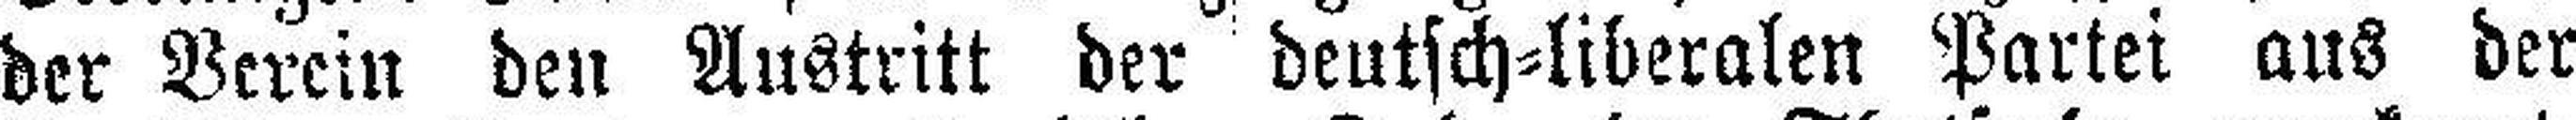
der Verein den Austritt der deutsch=liberalen Partei aus der